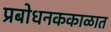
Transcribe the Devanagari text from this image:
प्रबोधनककाळात